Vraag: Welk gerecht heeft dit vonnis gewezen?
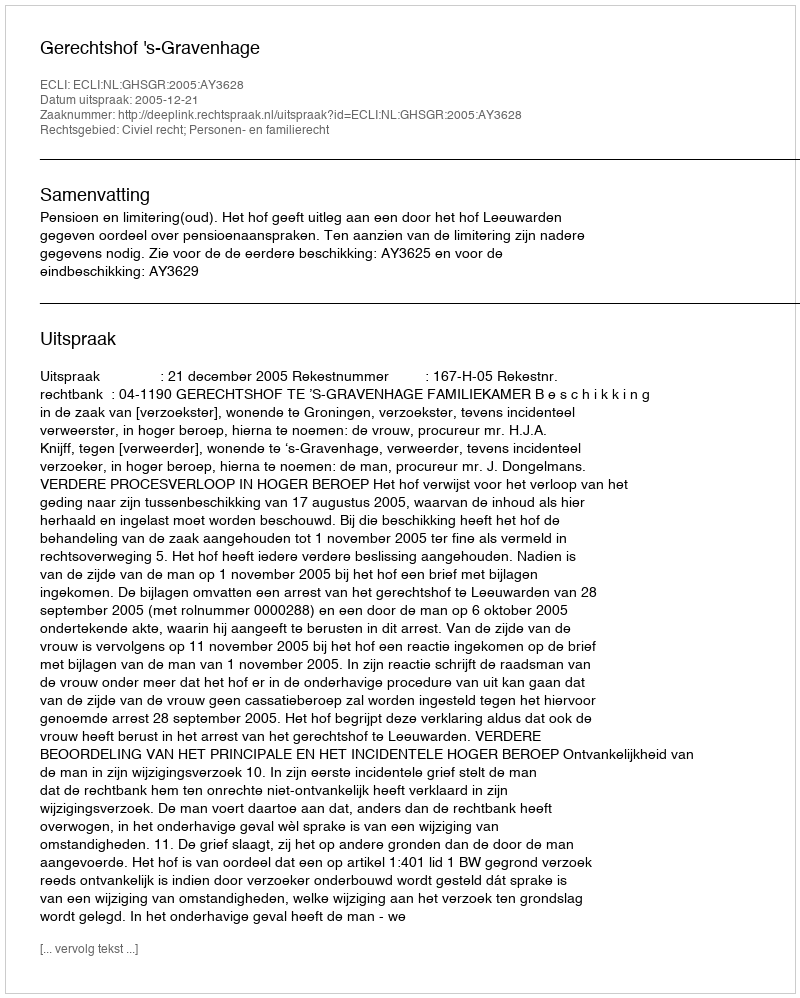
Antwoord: Gerechtshof 's-Gravenhage